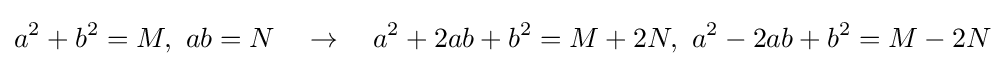
a^{2}+b^{2}=M,\ ab=N\quad \rightarrow \quad a^{2}+2ab+b^{2}=M+2N,\ a^{2}-2ab+b^{2}=M-2N